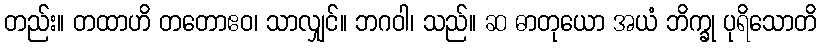
တည်း။ တထာဟိ တတောဧဝ၊ သာလျှင်။ ဘဂဝါ၊ သည်။ ဆ ဓာတုယော အယံ ဘိက္ခု ပုရိသောတိ